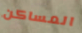
المساكن